Indian journal of veterinary science and animal husbandry - Volume 3,
Year: 1933
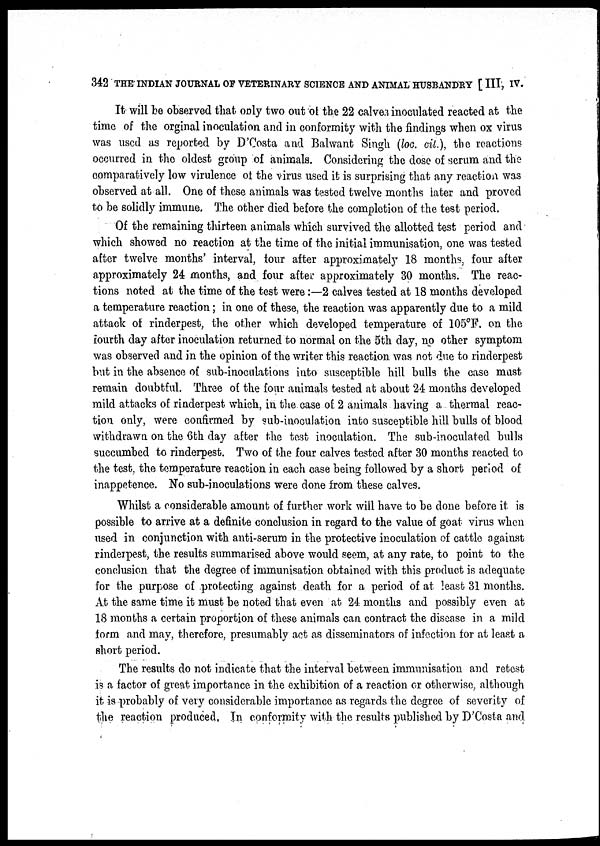
342 THE INDIAN JOURNAL OF VETERINARY SCIENCE AND ANIMAL HUSBANDRY [ III, IV.
It will be observed that only two out of the 22 calves inoculated reacted at the
time of the orginal inoculation and in conformity with the findings when ox virus
was used as reported by D'Costa and Balwant Singh (loc. cit.), the reactions
occurred in the oldest group of animals. Considering the dose of serum and the
comparatively low virulence of the virus used it is surprising that any reaction was
observed at all. One of these animals was tested twelve months later and proved
to be solidly immune. The other died before the completion of the test period.
Of the remaining thirteen animals which survived the allotted test period and
which showed no reaction at the time of the initial immunisation, one was tested
after twelve months' interval, four after approximately 18 months, four after
approximately 24 months, and four after approximately 30 months. The reac-
tions noted at the time of the test were :—2 calves tested at 18 months developed
a temperature reaction; in one of these, the reaction was apparently due to a mild
attack of rinderpest, the other which developed temperature of 105°F. on the
fourth day after inoculation returned to normal on the 5th day, no other symptom
was observed and in the opinion of the writer this reaction was not due to rinderpest
but in the absence of sub-inoculations into susceptible hill bulls the case must
remain doubtful. Three of the four animals tested at about 24 months developed
mild attacks of rinderpest which, in the case of 2 animals having a thermal reac-
tion only, were confirmed by sub-inoculation into susceptible hill bulls of blood
withdrawn on the 6th day after the test inoculation. The sub-inoculated bulls
succumbed to rinderpest. Two of the four calves tested after 30 months reacted to
the test, the temperature reaction in each case being followed by a short period of
inappetence. No sub-inoculations were done from these calves.
Whilst a considerable amount of further work will have to be done before it is
possible to arrive at a definite conclusion in regard to the value of goat virus when
used in conjunction with anti-serum in the protective inoculation of cattle against
rinderpest, the results summarised above would seem, at any rate, to point to the
conclusion that the degree of immunisation obtained with this product is adequate
for the purpose of protecting against death for a period of at least 31 months.
At the same time it must be noted that even at 24 months and possibly even at
18 months a certain proportion of these animals can contract the disease in a mild
form and may, therefore, presumably act as disseminators of infection for at least a
short period.
The results do not indicate that the interval between immunisation and retest
is a factor of great importance in the exhibition of a reaction or otherwise, although
it is probably of very considerable importance as regards the degree of severity of
the reaction produced, In conformity with the results published by D'Costa and